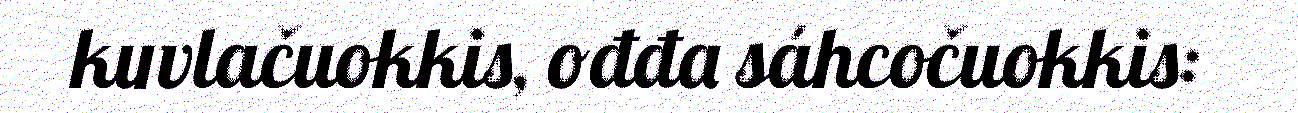
kuvlačuokkis, ođđa sáhcočuokkis: